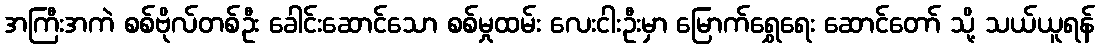
အကြီးအကဲ စစ်ဗိုလ်တစ်ဦး ခေါင်းဆောင်သော စစ်မှုထမ်း လေးငါးဦးမှာ မြောက်ရွှေရေး ဆောင်တော် သို့ သယ်ယူရန်